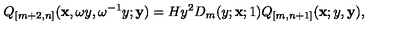
Q _ { [ m + 2 , n ] } ( { \bf x } , \omega y , \omega ^ { - 1 } y ; { \bf y } ) = H y ^ { 2 } D _ { m } ( y ; { \bf x } ; 1 ) Q _ { [ m , n + 1 ] } ( { \bf x } ; y , { \bf y } ) ,